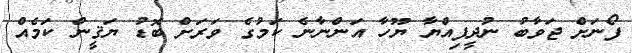
ފޯނަށް ޖަވާބު ނުދީފިއްޔާ ޔޫހާ އަންނާނެ ކަމުގެ ވަރަށް ބޮޑު ޔަޤީން ކަމެއް